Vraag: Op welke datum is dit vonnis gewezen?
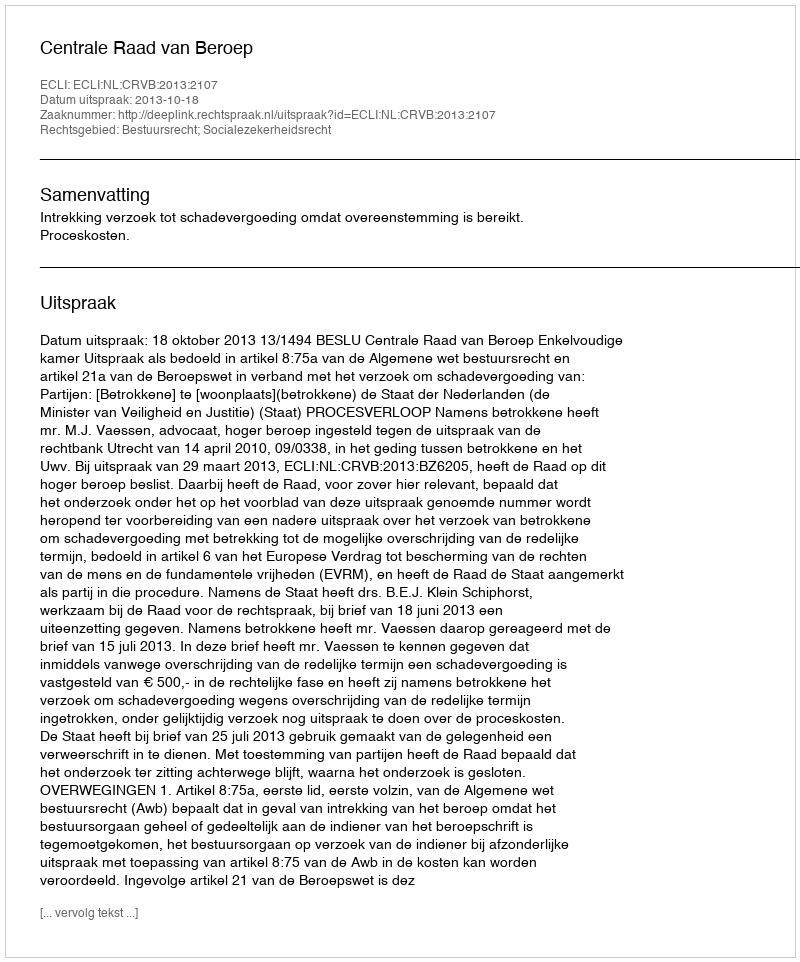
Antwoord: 2013-10-18